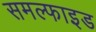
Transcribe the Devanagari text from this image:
समल्फाइड